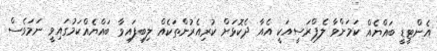
އެންޓީޑީ ބައްޔެއް ކަމަށްވާ ލެޕްރަސީއަކީ އެއާ ދެކޮޅަށް ކުރިއެރުންތަކެއް ލިބިފައިވާ ބައްޔެއްކަމުގައިވީ ނަމަވެސް